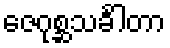
ဇေဂုစ္ဆသင်္ခါတာ